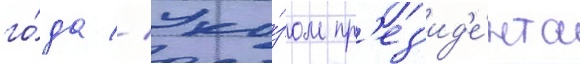
го́да // Ука́зом пр'ез'ид'е́нта